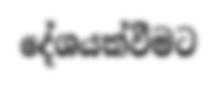
දේශයක්වීමට